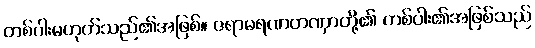
တစ်ပါးမဟုတ်သည်၏အဖြစ်။ ဇရာမရဏတဏှာတို့၏ တစ်ပါး၏အဖြစ်သည်